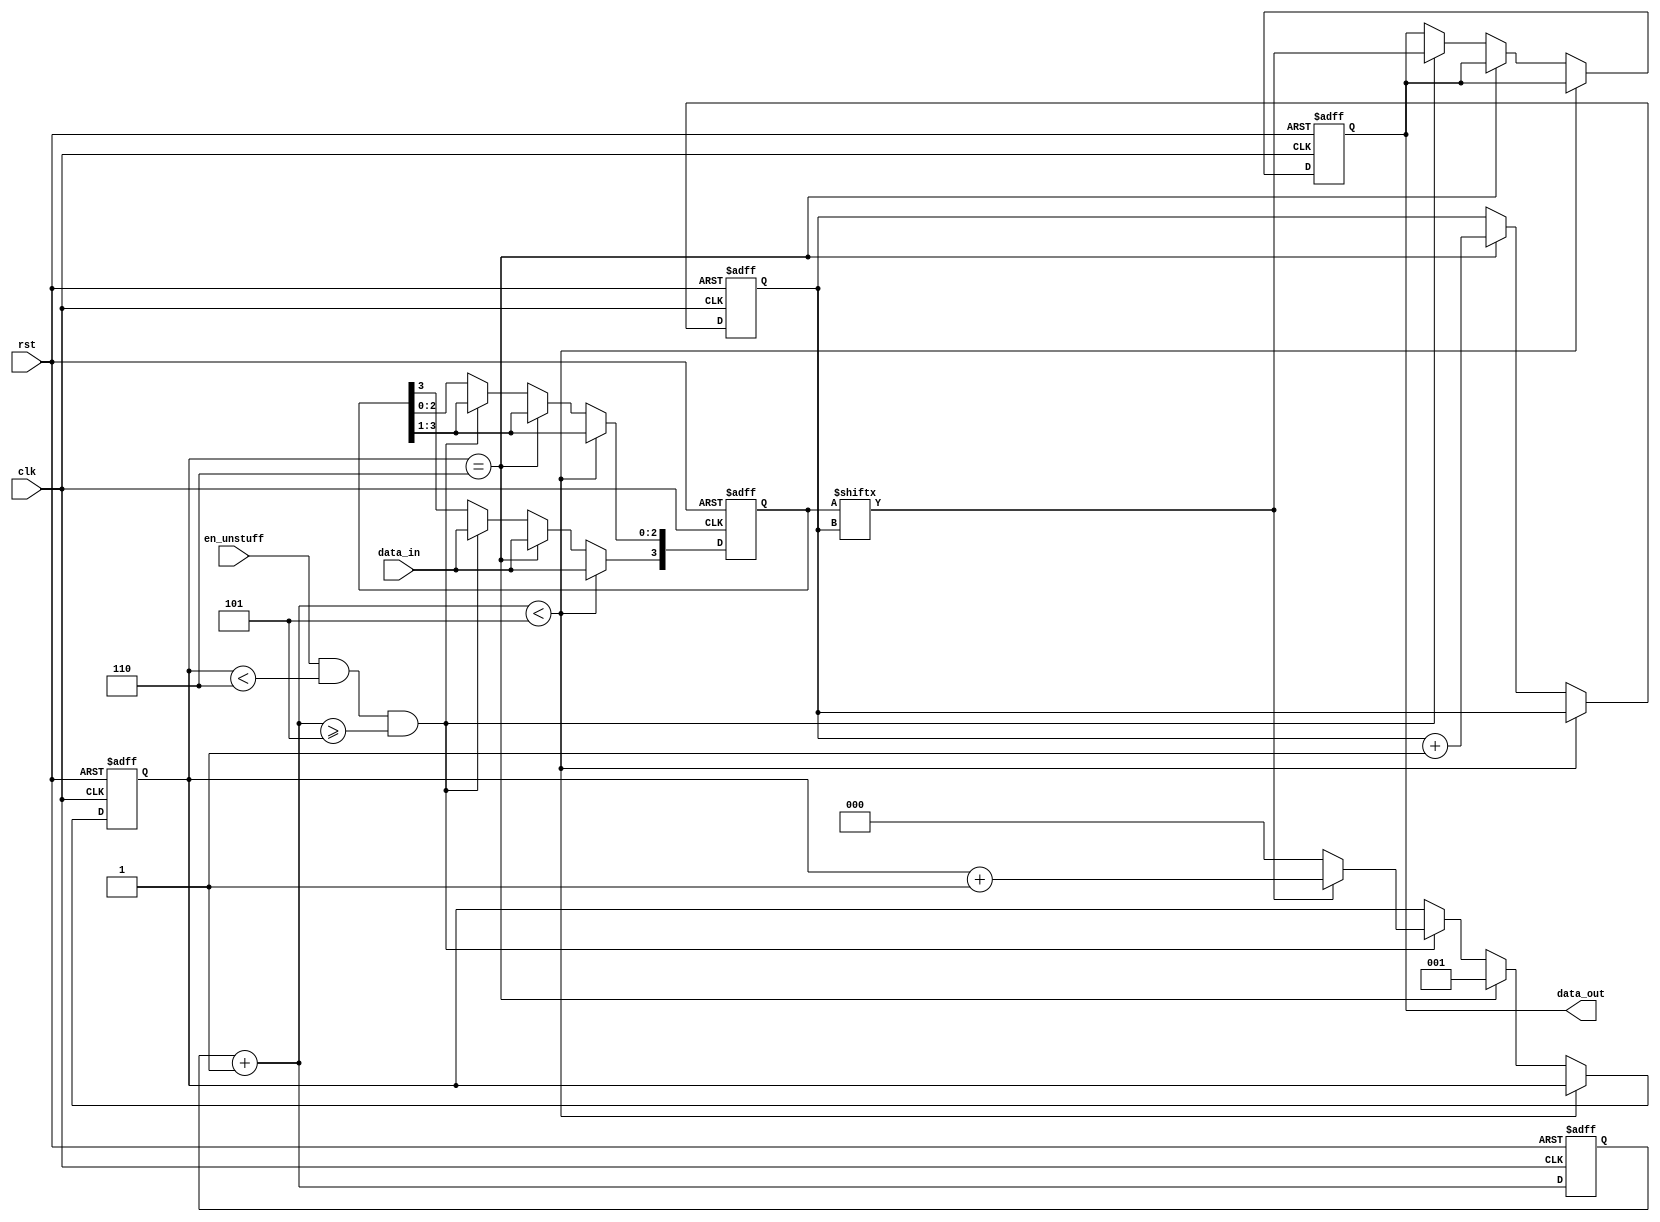
`timescale 1ns / 1ps
//////////////////////////////////////////////////////////////////////////////////
// Company: 
// Engineer: 
// 
// Design Name: 
// Module Name: bit_unstuff_block
// Project Name: 
// Target Devices: 
// Tool Versions: 
// Description: 
// 
// Dependencies: 
// 
// Revision:
// Revision 0.01 - File Created
// Additional Comments:
// 
//////////////////////////////////////////////////////////////////////////////////

//Finalised - Can unstuff a maximum of 7 stuffed zeros
//module bit_unstuff_block(
//    input clk,
//    input rst,
//    input data_in,
//    input en_unstuff,
//    output reg data_out
//    );
//    reg [7:0] temp ;
//    reg [2:0] count ;
//    reg [2:0] i ;
//    reg [7:0] clock_count;
    
//    always@ (posedge clk, negedge rst)
//    begin
//       clock_count = clock_count + 1 ;
//       if(!rst)
//         begin
//           i = 0 ;
//           count = 0 ;
//           temp = 8'b0 ;
//           clock_count = 0 ;
//           data_out = 1'bx ;
//         end
//       else if (clock_count < 9)
//       begin
//         temp = temp >> 1 ;
//         temp[7] = data_in ;
////           temp[7] = data_in ;
////           temp = temp >> 1 ;
//       end 
//       else if(count==6)
//        begin
//          i = i + 1;
//          count = 1 ;
//          temp = temp >> 1 ;
//          temp[7] = data_in ;
//        end 
//       else if (en_unstuff && count<6 && clock_count >= 9)
//        begin
//          data_out = temp[i] ;
//          temp = temp >> 1 ;
//          temp[7] = data_in ;
//          if (data_out)
//             count = count + 1 ;
//          else
//             count = 0 ;      
//        end 
//    end
        
//endmodule

//This can unstuff max of 3 stuffed zeros
module bit_unstuff_block(
    input clk,
    input rst,
    input data_in,
    input en_unstuff,
    output reg data_out
    );
    reg [3:0] temp ;
    reg [2:0] count ;
    reg [2:0] i ;
    reg [7:0] clock_count;
    
    always@ (posedge clk, negedge rst)
    begin
       clock_count = clock_count + 1 ;
       if(!rst)
         begin
           i = 0 ;
           count = 0 ;
           temp = 4'b0 ;
           clock_count = 0 ;
           data_out = 1'bx ;
         end
       else if (clock_count < 5)
       begin
         temp = temp >> 1 ;
         temp[3] = data_in ;
       end 
       else if(count==6)
        begin
          i = i + 1;
          count = 1 ;
          temp = temp >> 1 ;
          temp[3] = data_in ;
        end 
       else if (en_unstuff && count<6 && clock_count >= 5)
        begin
          data_out = temp[i] ;
          temp = temp >> 1 ;
          temp[3] = data_in ;
          if (data_out)
             count = count + 1 ;
          else
             count = 0 ;      
        end 
    end
        
endmodule